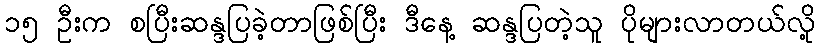
၁၅ ဦးက စပြီးဆန္ဒပြခဲ့တာဖြစ်ပြီး ဒီနေ့ ဆန္ဒပြတဲ့သူ ပိုများလာတယ်လို့